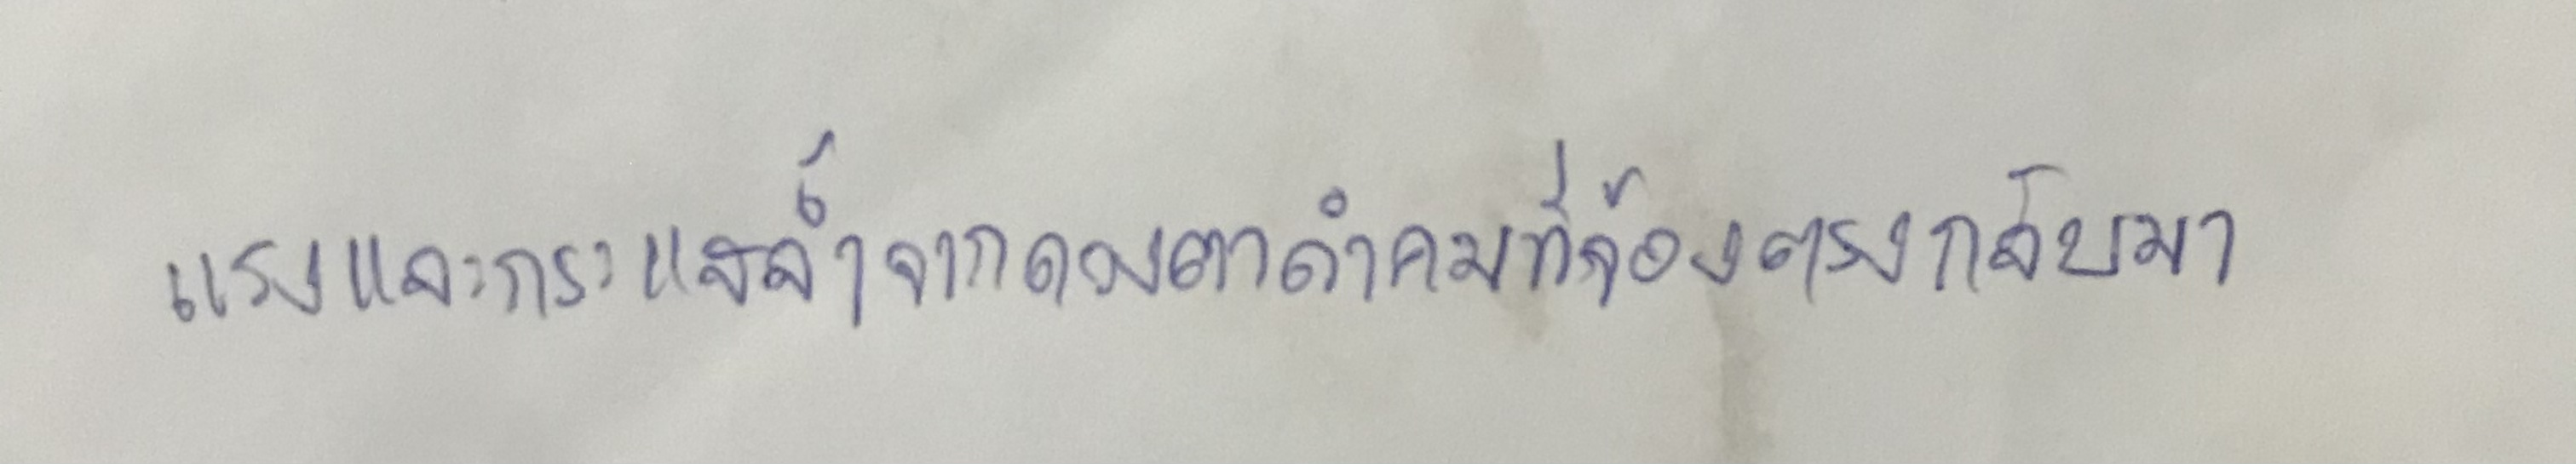
แรงและกระแสล้ำลึกจากดวงตาดำคมที่จ้องตรงกลับมา